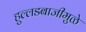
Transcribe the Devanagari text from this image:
हुल्लडबाजीमुळे